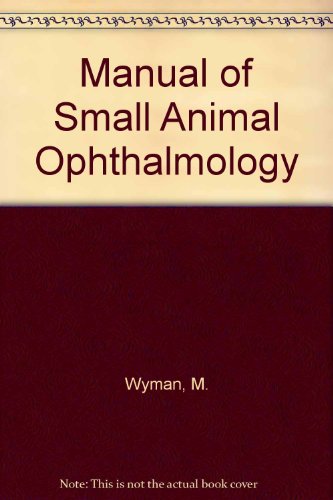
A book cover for Manual of Small Animal Ophthalmology; Milton Wyman; Medical Books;